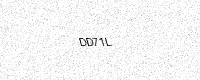
Text: DD71L